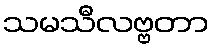
သမသီလဗ္ဗတာ